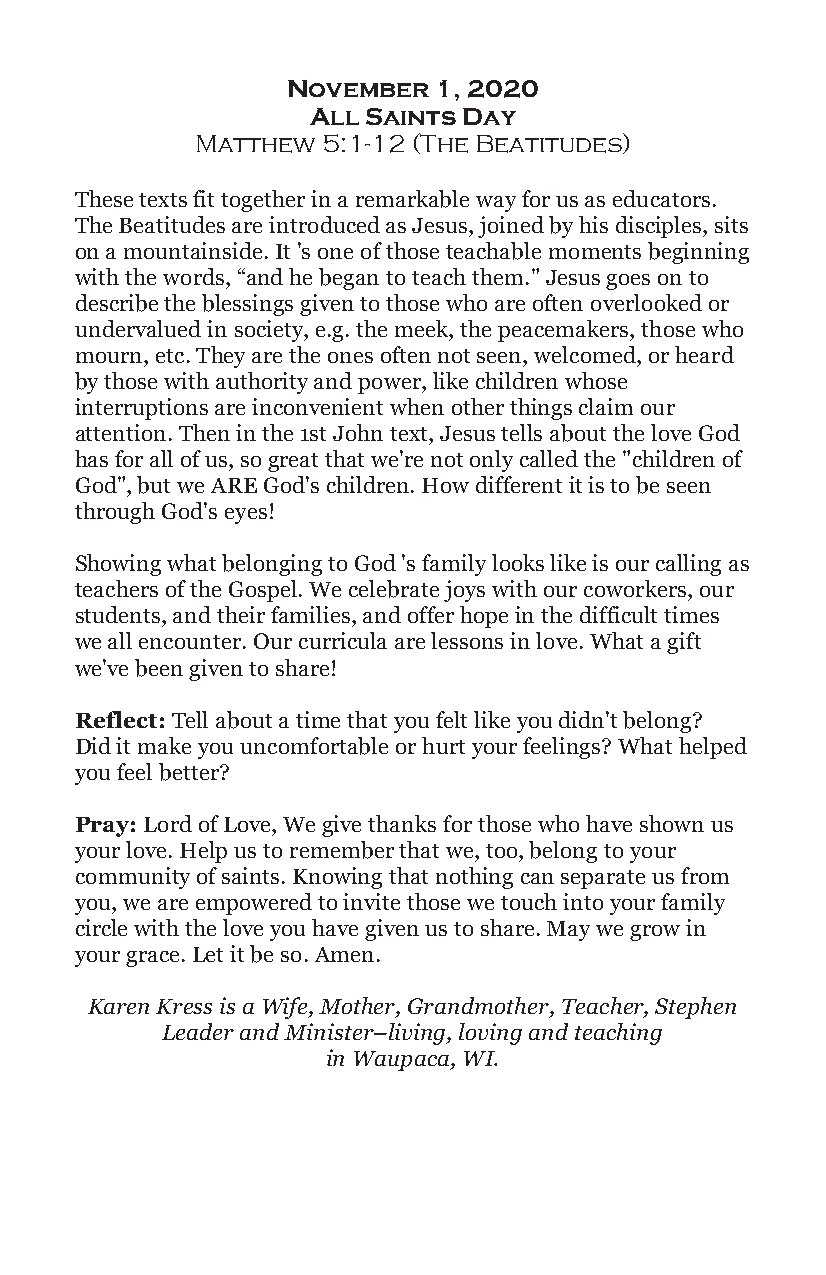
November  1, 2020
 All Saints Day
 Matthew 5:1-12 (The Beatitudes)
 These texts fit together in a remarkable way for us as educators.
 The Beatitudes are introduced as Jesus, joined by his disciples, sits
 on a mountainside. It 's one of those teachable moments beginning
 with the words, “and he began to teach them." Jesus goes on to
 describe the blessings given to those who are often overlooked or
 undervalued in society, e.g. the meek, the peacemakers, those who
 mourn, etc. They are the ones often not seen, welcomed, or heard
 by those with authority and power, like children whose
 interruptions are inconvenient when other things claim our
 attention. Then in the 1st John text, Jesus tells about the love God
 has for all of us, so great that we're not only called the "children of
 God", but we ARE God's children. How different it is to be seen
 through God's eyes!
 Showing what belonging to God 's family looks like is our calling as
 teachers of the Gospel. We celebrate joys with our coworkers, our
 students, and their families, and offer hope in the difficult times
 we all encounter. Our curricula are lessons in love. What a gift
 we've been given to share!
 Reflect: Tell about a time that you felt like you didn't belong?
 Did it make you uncomfortable or hurt your feelings? What helped
 you feel better?
 Pray: Lord of Love, We give thanks for those who have shown us
 your love. Help us to remember that we, too, belong to your
 community of saints. Knowing that nothing can separate us from
 you, we are empowered to invite those we touch into your family
 circle with the love you have given us to share. May we grow in
 your grace. Let it be so. Amen.
 Karen Kress is a Wife, Mother, Grandmother, Teacher, Stephen
 Leader and Minister–living, loving and teaching
 in Waupaca, WI.